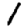
Digit: 1